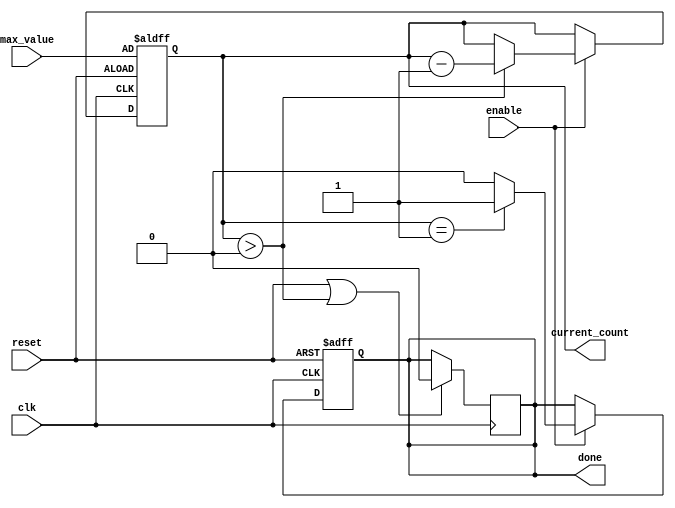
module decremental_counter (
    input wire clk,
    input wire reset,
    input wire enable,
    input wire [7:0] max_value, // Assuming max_value is 8 bits for this example
    output reg [7:0] current_count,
    output reg done
);

    // Initial state
    initial begin
        current_count = 0;
        done = 0;
    end

    // Always block to handle the decremental counting
    always @(posedge clk or posedge reset) begin
        if (reset) begin
            // Reset the counter to max_value
            current_count <= max_value;
            done <= 0; // Reset done flag
        end else if (enable) begin
            if (current_count > 0) begin
                // Decrement the counter
                current_count <= current_count - 1;
            end
            // Check if the counter has reached zero
            if (current_count == 1) begin
                done <= 1; // Assert done flag if current_count will be decremented to zero
            end else begin
                done <= 0; // Clear done flag if not zero
            end
        end
    end

    // Ensure done flag is cleared when the counter is reset or when the count is greater than zero
    always @(posedge clk) begin
        if (reset || current_count > 0) begin
            done <= 0;
        end
    end

endmodule